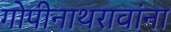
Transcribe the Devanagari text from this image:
गोपीनाथरावांना